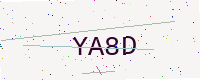
Text: YA8D